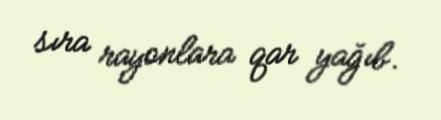
sıra rayonlara qar yağıb.